Punjab Mental Hospital Lahore 1922-31 - 1922-1931
Year: 1922
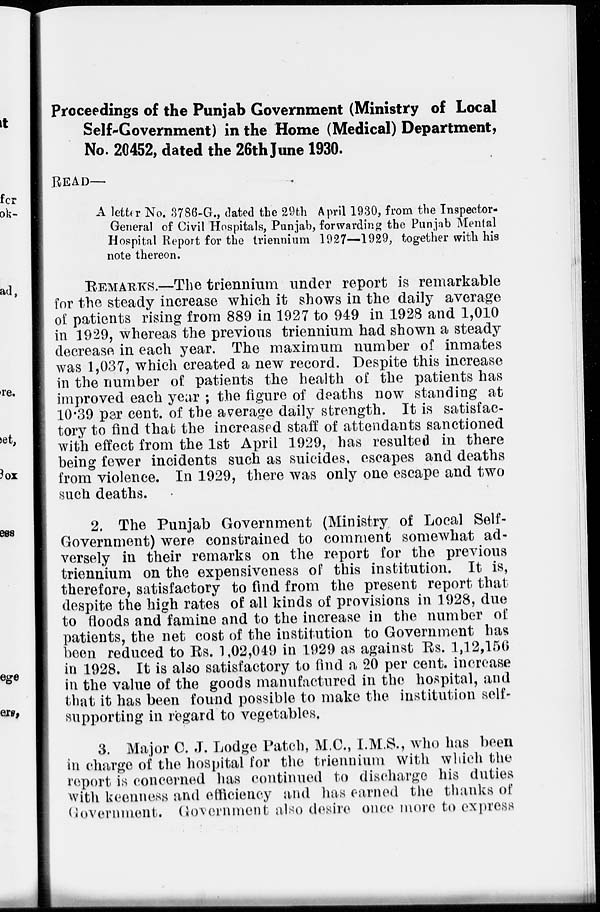
Proceedings of the Punjab Government (Ministry of Local
Self-Government) in the Home (Medical) Department,
No. 20452, dated the 26th June 1930.
READ—
A letter No. 3786-G., dated the 29th April 1930, from the Inspector-
General of Civil Hospitals, Punjab, forwarding the Punjab Mental
Hospital Report for the triennium 1927—1929, together with his
note thereon.
REMARKS.—The triennium under report is remarkable
for the steady increase which it shows in the daily average
of patients rising from 889 in 1927 to 949 in 1928 and 1,010
in 1929, whereas the previous triennium had shown a steady
decrease in each year. The maximum number of inmates
was 1,037, which created a new record. Despite this increase
in the number of patients the health of the patients has
improved each year ; the figure of deaths now standing at
10.39 per cent. of the average daily strength. It is satisfac-
tory to find that the increased staff of attendants sanctioned
with effect from the 1st April 1929, has resulted in there
being fewer incidents such as suicides, escapes and deaths
from violence. In 1929, there was only one escape and two
such deaths.
2. The Punjab Government (Ministry of Local Self-
Government) were constrained to comment somewhat ad-
versely in their remarks on the report for the previous
triennium on the expensiveness of this institution. It is,
therefore, satisfactory to find from the present report that
despite the high rates of all kinds of provisions in 1928, due
to floods and famine and to the increase in the number of
patients, the net cost of the institution to Government has
been reduced to Rs. 1,02,049 in 1929 as against Rs. 1,12,156
in 1928. It is also satisfactory to find a 20 per cent. increase
in the value of the goods manufactured in the hospital, and
that it has been found possible to make the institution self-
supporting in regard to vegetables.
3. Major C. J. Lodge Patch, M.C., I.M.S., who has been
in charge of the hospital for the triennium with which the
report is concerned has continued to discharge his duties
with keenness and efficiency and has earned the thanks of
Government. Government also desire once more to express